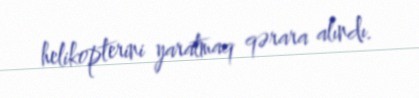
helikopterini yaratmaq qərara alındı.